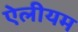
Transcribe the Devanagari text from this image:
ऐलीयम